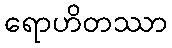
ရောဟိတဿာ